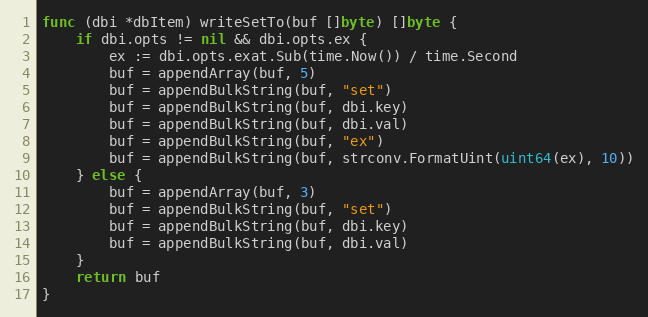
Language: Go
func (dbi *dbItem) writeSetTo(buf []byte) []byte {
	if dbi.opts != nil && dbi.opts.ex {
		ex := dbi.opts.exat.Sub(time.Now()) / time.Second
		buf = appendArray(buf, 5)
		buf = appendBulkString(buf, "set")
		buf = appendBulkString(buf, dbi.key)
		buf = appendBulkString(buf, dbi.val)
		buf = appendBulkString(buf, "ex")
		buf = appendBulkString(buf, strconv.FormatUint(uint64(ex), 10))
	} else {
		buf = appendArray(buf, 3)
		buf = appendBulkString(buf, "set")
		buf = appendBulkString(buf, dbi.key)
		buf = appendBulkString(buf, dbi.val)
	}
	return buf
}